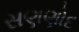
સણણોદ